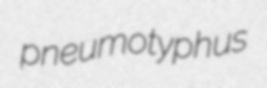
pneumotyphus